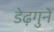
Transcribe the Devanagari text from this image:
डेढ़गुने